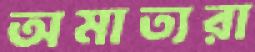
অমাত্যরা